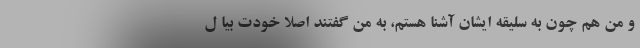
و من هم چون به سلیقه ایشان آشنا هستم، به من گفتند اصلا خودت بیا ل